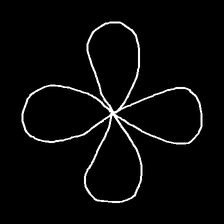
Glyph: billowing